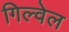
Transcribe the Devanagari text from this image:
गिल्वेल